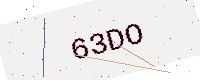
Text: 63DO